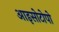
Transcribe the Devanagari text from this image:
आइसोटोपो